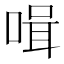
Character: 𠶻